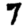
Digit: 7